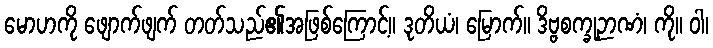
မောဟကို ဖျောက်ဖျက် တတ်သည်၏အဖြစ်ကြောင့်။ ဒုတိယံ၊ မြောက်။ ဒိဗ္ဗစက္ခုဉာဏံ၊ ကို။ ဝါ၊